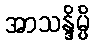
အာသန္ဒိမ္ပိ